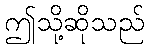
ဤသို့ဆိုသည်